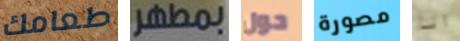
طعامك بمطهر حول مصورة انا